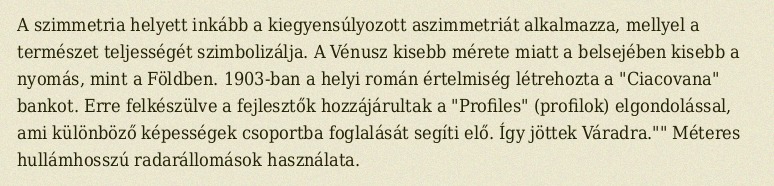
A szimmetria helyett inkább a kiegyensúlyozott aszimmetriát alkalmazza, mellyel a természet teljességét szimbolizálja. A Vénusz kisebb mérete miatt a belsejében kisebb a nyomás, mint a Földben. 1903-ban a helyi román értelmiség létrehozta a "Ciacovana" bankot. Erre felkészülve a fejlesztők hozzájárultak a "Profiles" (profilok) elgondolással, ami különböző képességek csoportba foglalását segíti elő. Így jöttek Váradra."" Méteres hullámhosszú radarállomások használata.